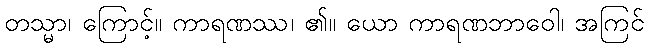
တသ္မာ၊ ကြောင့်။ ကာရဏဿ၊ ၏။ ယော ကာရဏဘာဝေါ၊ အကြင်